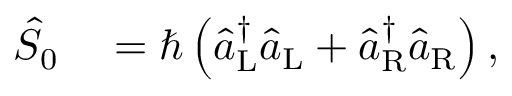
\begin{array} { r l } { \hat { S } _ { 0 } } & { { } = \hbar \left( \hat { a } _ { \mathrm { L } } ^ { \dagger } \hat { a } _ { \mathrm { L } } + \hat { a } _ { \mathrm { R } } ^ { \dagger } \hat { a } _ { \mathrm { R } } \right) , } \end{array}